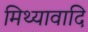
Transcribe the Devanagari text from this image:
मिथ्यावादि